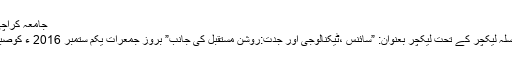
جامعہ کراچی: کلیہ سماجی علوم کے زیر اہتمام لیکچر یکم ستمبر کو ہوگا
جامعہ کراچی کے کلیہ سماجی علوم کے زیر اہتمام ممتاز سلسلہ لیکچر کے تحت لیکچر بعنوان: ”سائنس ،ٹیکنالوجی اور جدت:روشن مستقبل کی جانب” بروز جمعرات یکم ستمبر 2016 ء کوصبح 11 بجے کلیہ سماجی علوم کی سماعت گاہ میں منعقد ہوگا۔